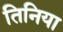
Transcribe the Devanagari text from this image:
तिनिया